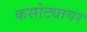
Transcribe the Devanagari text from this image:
कसोट्यावर